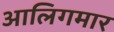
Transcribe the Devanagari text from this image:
आलिगमार